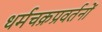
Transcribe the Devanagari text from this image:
धर्मचक्रप्रवर्तनों